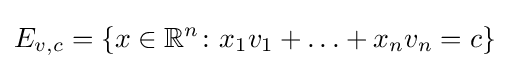
E_{v,c}=\{x\in \mathbb {R} ^{n}\colon x_{1}v_{1}+\ldots +x_{n}v_{n}=c\}